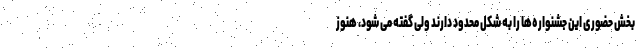
بخش حضوری این جشنواره‌ها را به شکل محدود دارند ولی گفته می شود، هنوز